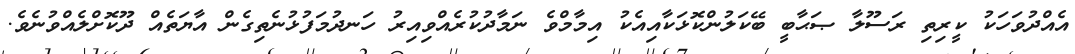
އެއްދުވަހަކު ކީރިތި ރަސޫލާ ޞަޙާބީ ބޭކަލުންކޮޅަކާއިއެކު އިމާމްވެ ނަމާދުކުރެއްވިއިރު ހަނދުމަފުޅުނެތިގެން އާޔަތެއް ދޫކޮށްލެއްވުނެވެ.